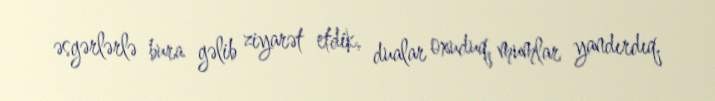
əsgərlərlə bura gəlib ziyarət etdik, dualar oxuduq, mumlar yandırdıq.